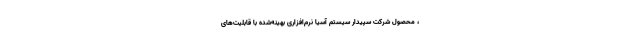
، محصول شرکت سپیدار سیستم آسیا نرم‌افزاری بهینه‌شده با قابلیت‌های